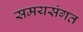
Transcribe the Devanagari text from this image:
समयसंगत